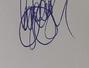
Signature authenticity: genuine